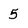
Character: 5